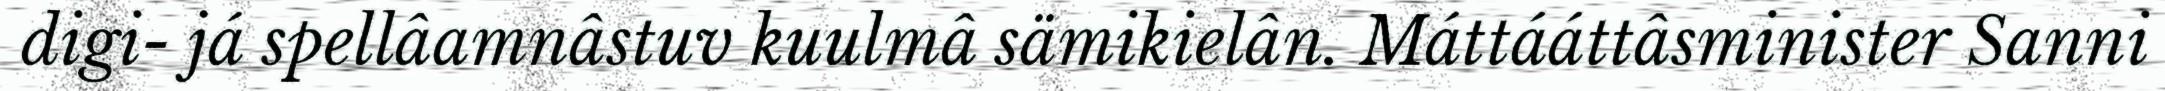
digi- já spellâamnâstuv kuulmâ sämikielân. Máttááttâsminister Sanni